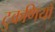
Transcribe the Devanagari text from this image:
टुकणियाँ